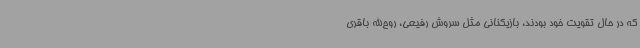
که در حال تقویت خود بودند، بازیکنانی مثل سروش رفیعی، روح‌الله باقری